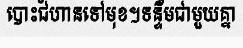
បោះជំហានទៅមុខ។ទន្ទឹមជាមួយគ្នា